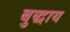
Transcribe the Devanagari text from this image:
बुद्धाय